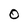
Character: O